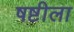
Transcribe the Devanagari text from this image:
षष्टीला